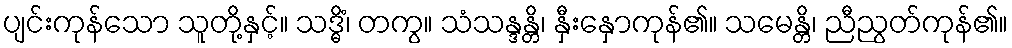
ပျင်းကုန်သော သူတို့နှင့်။ သဒ္ဓိံ၊ တကွ။ သံသန္ဒန္တိ၊ နှီးနှောကုန်၏။ သမေန္တိ၊ ညီညွတ်ကုန်၏။